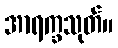
အာရက္ခသုတ်။